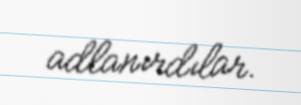
adlanırdılar.